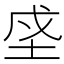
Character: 𡋊